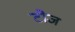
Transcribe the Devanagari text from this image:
टोज